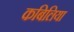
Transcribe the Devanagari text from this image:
कबिलिया